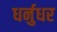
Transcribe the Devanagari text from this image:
धर्नुधर